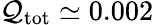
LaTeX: \mathcal{Q}_{\mathrm{{tot}}}\simeq0.002